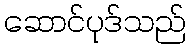
ဆောင်ပုဒ်သည်